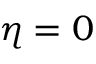
\eta = 0